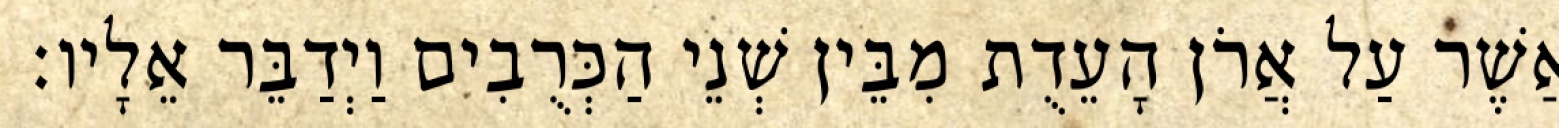
אֲשֶׁר עַל אֲרֹן הָעֵדֻת מִבֵּין שְׁנֵי הַכְּרֻבִים וַיְדַבֵּר אֵלָיו׃